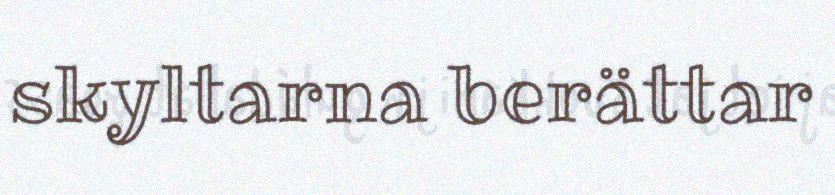
skyltarna berättar